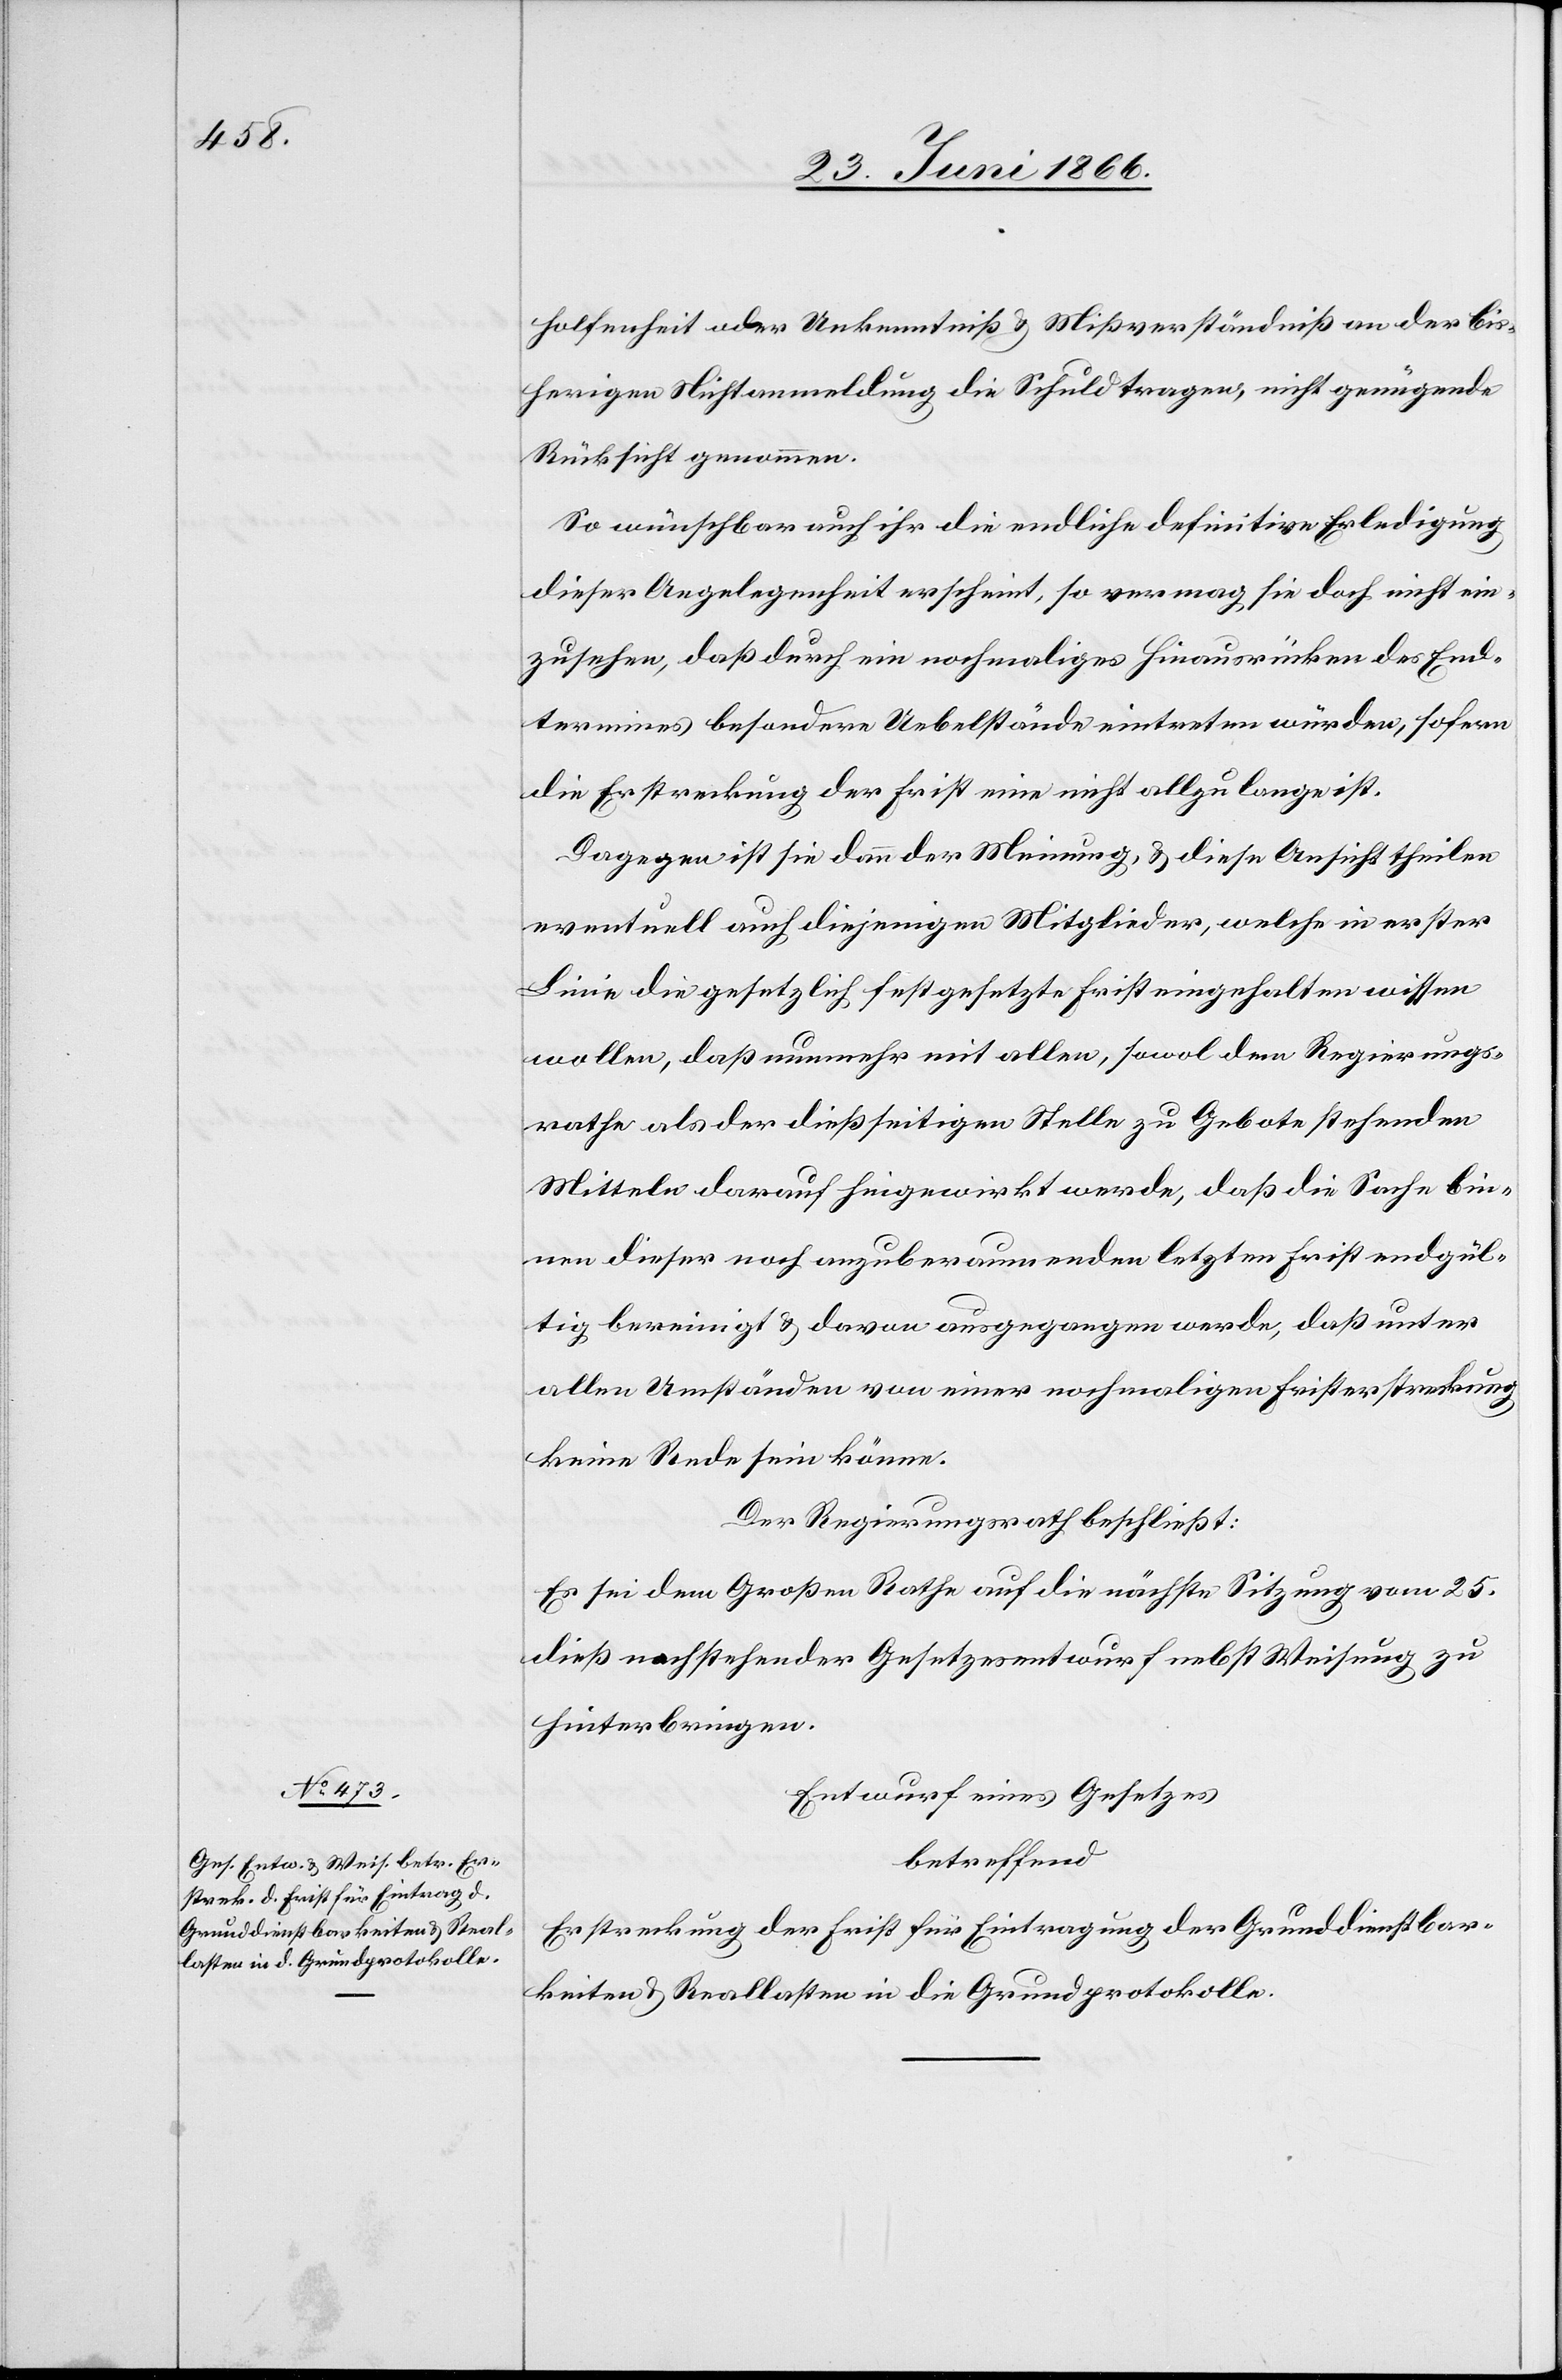
holfenheit oder Unkenntniß u. Mißverständniß an der bis¬
herigen Nichtanwendung die Schuld tragen, nicht genügende
Rücksicht genommen.
So wünschbar auch ihr die endliche definitive Erledigung
dieser Angelegenheit erscheine, so vermag sie doch nicht ein¬
zusehen, daß durch ein nochmaliges Hinausrücken des End¬
termines besondere Uebelstände eintreten würden, sofern
die Erstreckung der Frist eine nicht allzu lange ist.
Dagegen ist sie dann der Meinung, u. diese Ansicht theilen
eventuell auch diejenigen Mitglieder, welche in erster
Linie die gesetzlich festgesetzte Frist eingehalten wissen
wollen, daß nunmehr mit allen, sowol dem Regierungs¬
rathe als der dießseitigen Stelle zu Gebote stehenden
Mitteln darauf hingewirkt werde, daß die Sache bin¬
nen dieser noch anzuberaumenden letzten Frist endgül¬
tig bereinigt u. davon ausgegangen werde, daß unter
allen Umständen von einer nochmaligen Fristerstreckung
keine Rede sein könne.
Der Regierungsrath beschließt:
Es sei dem Großen Rathe auf die nächste Sitzung vom 25.
dieß nachstehender Gesetzesentwurf nebst Weisung zu
hinterbringen.
Entwurf eines Gesetzes
betreffend
Erstreckung der Frist für Eintragung der Grunddienstbar¬
keiten u. Reallasten in die Grundprotokolle.